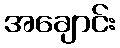
အချောင်း